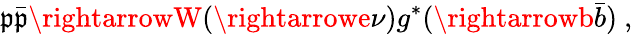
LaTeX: \mathfrak{p}\bar{{\mathfrak{p}}}\rightarrowW(\rightarrowe\nu)g^{*}(\rightarrowb\bar{{b}})\ ,